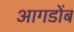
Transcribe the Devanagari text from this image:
आगडोंब